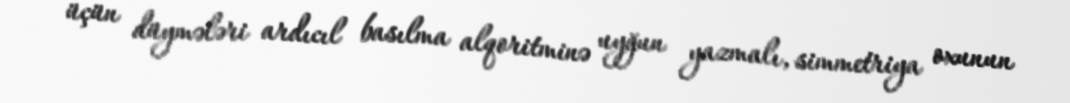
üçün düymələri ardıcıl basılma alqoritminə uyğun yazmalı, simmetriya oxunun